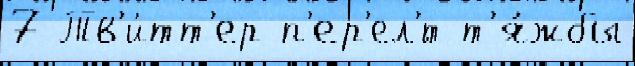
7 Тв'и́тт'ер п'ер'ел'́т т'я́жбы